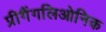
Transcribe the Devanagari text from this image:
प्रीगैंगलिओनिक